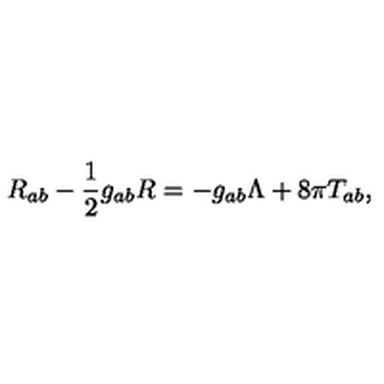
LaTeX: R _ { a b } - \frac 1 2 g _ { a b } R = - g _ { a b } \Lambda + 8 \pi T _ { a b } ,